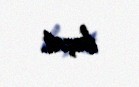
keçdi.